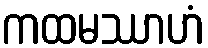
ကထမဿာဟံ